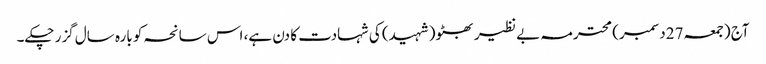
آج (جمعہ 27دسمبر) محترمہ بے نظیر بھٹو (شہید) کی شہادت کا دن ہے، اس سانحہ کو بارہ سال گزر چکے۔